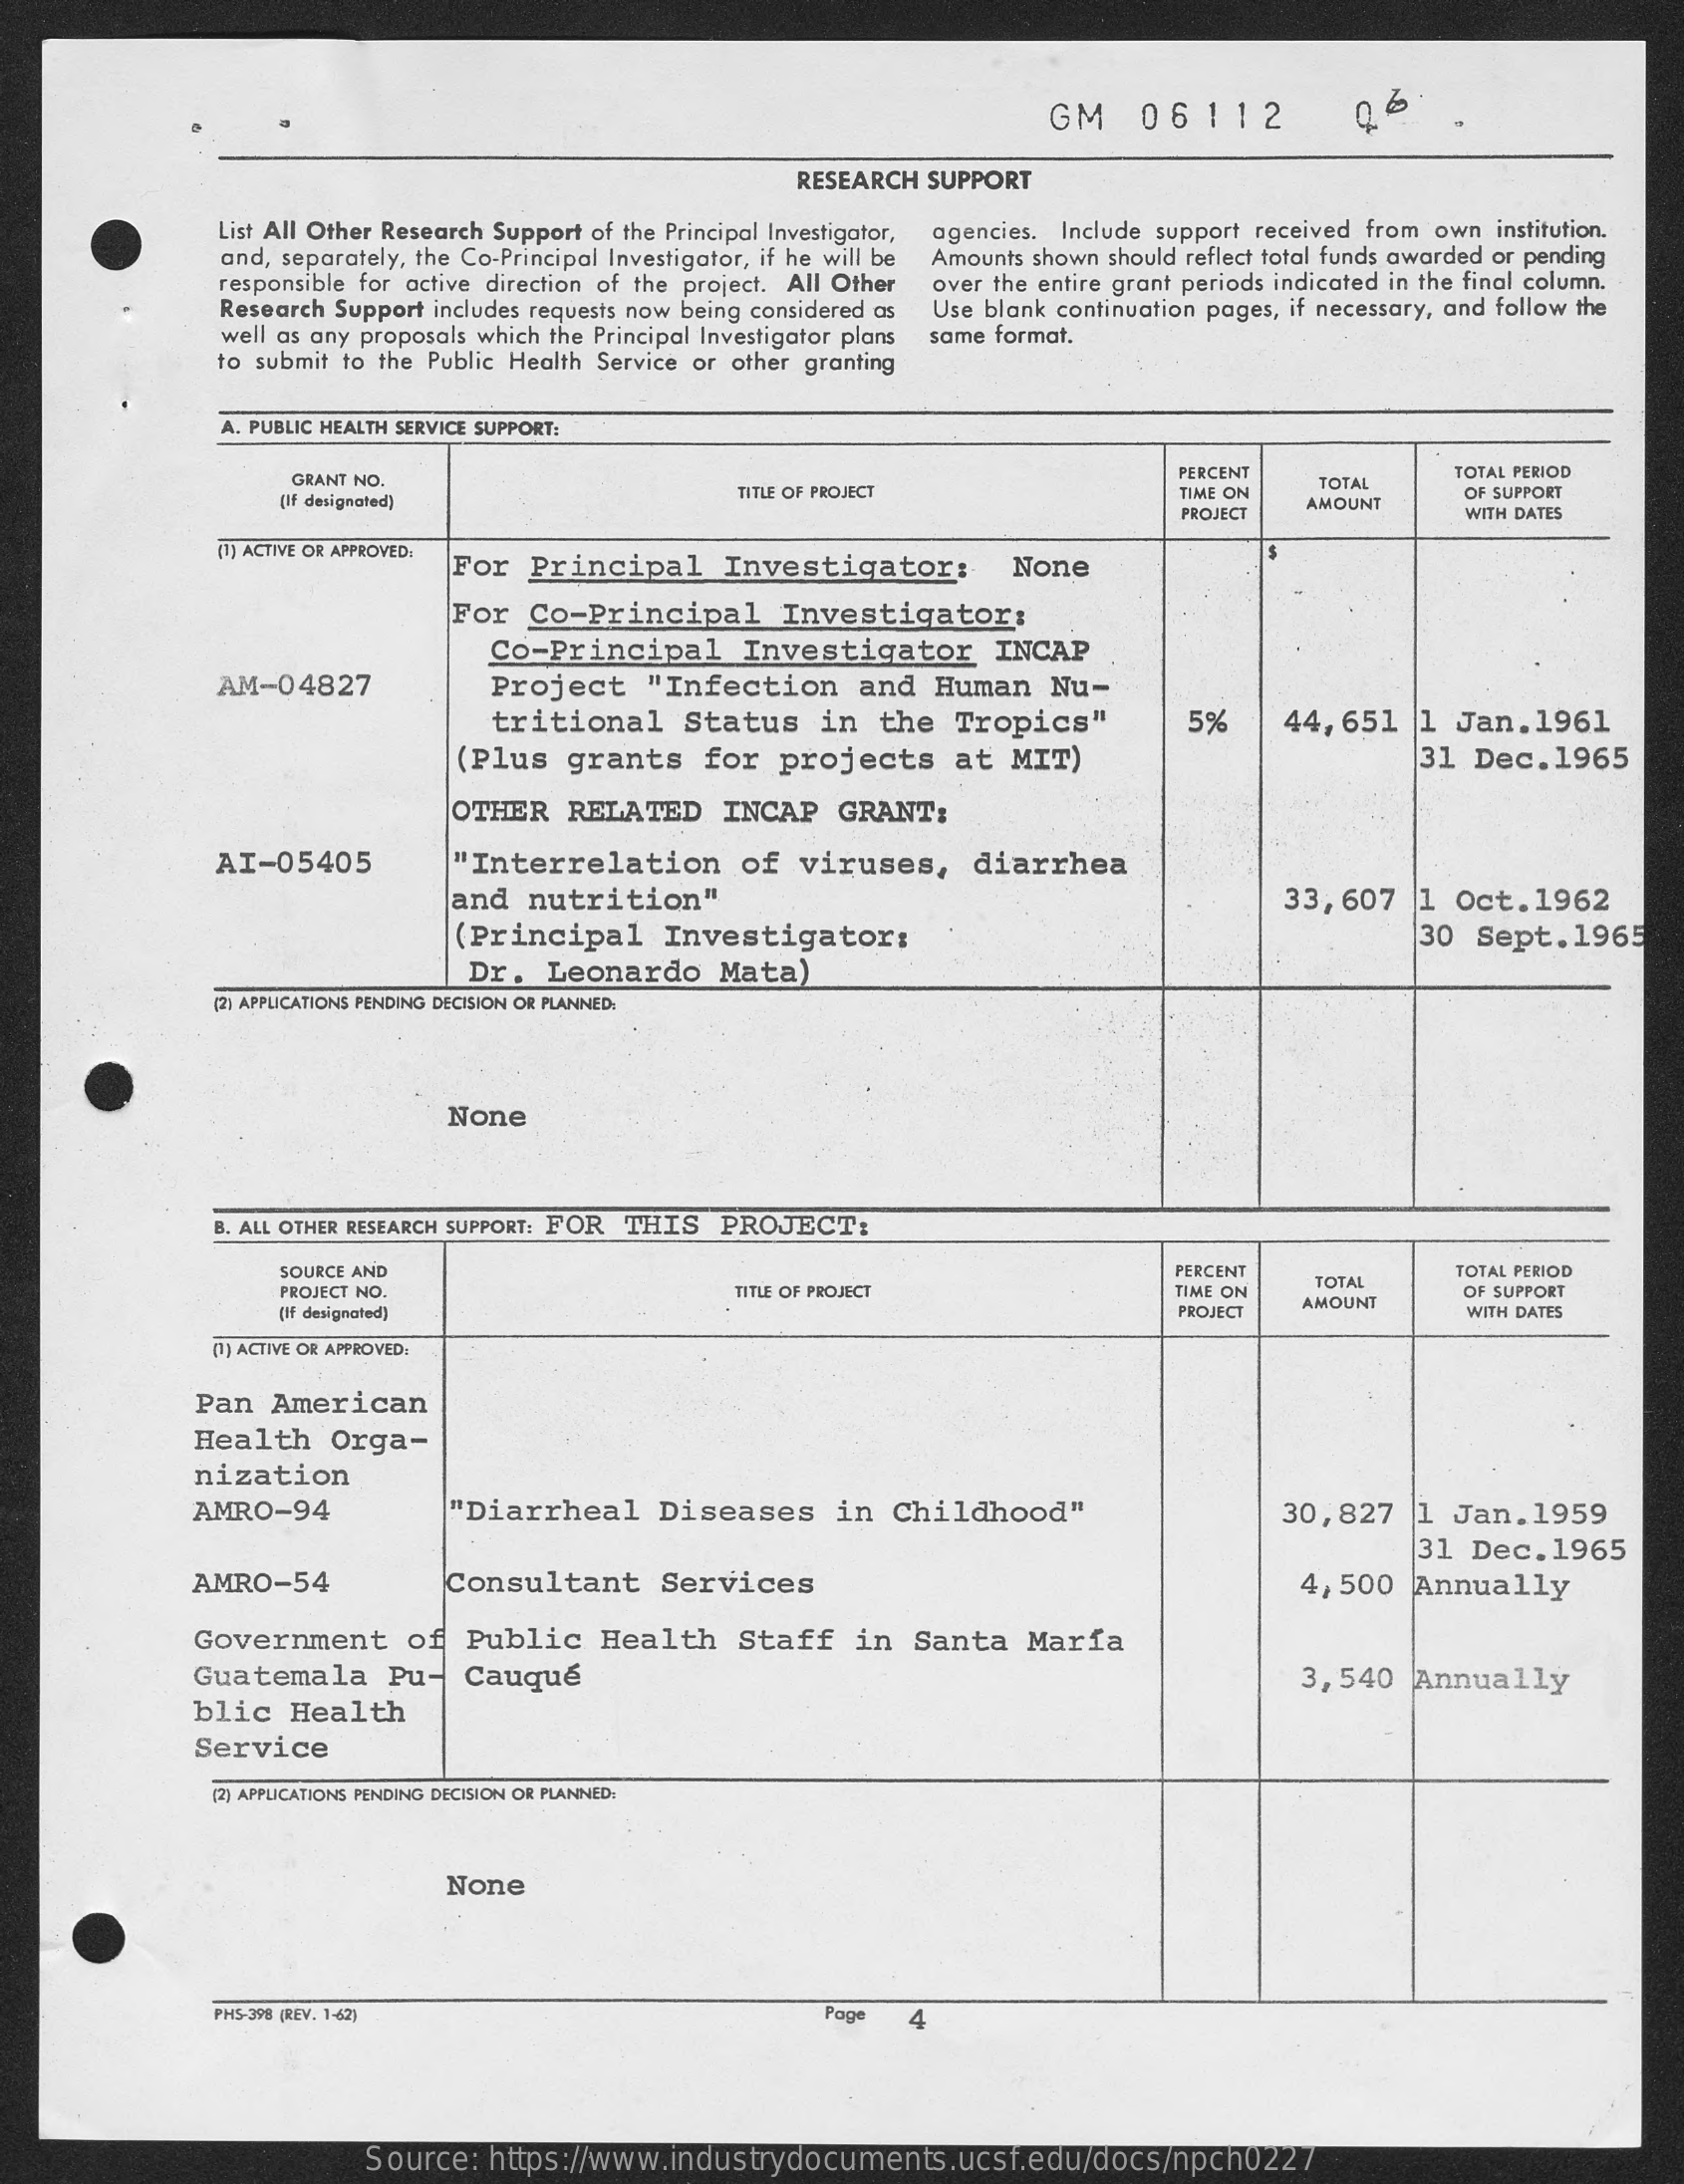
GM    06112
     RESEARCH SUPPORT
     List All Other Research Support of the Principal Investigator,
     and, separately, the Co-Principal Investigator, if he will be
     agencies. Include support received from own institution.
     responsible for active direction of the project. All Other
     Amounts shown should reflect total funds awarded or pending
     Research Support includes requests now being considered as
     over the entire grant periods indicated in the final column.
     well as any proposals which the Principal Investigator plans
     Use blank continuation pages, if necessary, and follow the
     to submit to the Public Health Service or other granting
     same format.
     A. PUBLIC HEALTH SERVICE SUPPORT:
     GRANT NO.
     PERCENT
     TOTAL
     TOTAL PERIOD
     [IF designated]    TITLE OF PROJECT    TIME ON    OF SUPPORT
     PROJECT
     AMOUNT
     WITH DATES
     (1] ACTIVE OR APPROVED:
     For Principal   Investigator:    None
     For  Co-Principal    Investigator:
     Co-Principal   Investigator    INCAP
     AM-04827    Project  "Infection   and  Human  Nu-
     tritional   Status  in  the Tropics"    5%    44,651  1 Jan.1961
     (Plus grants   for projects   at  MIT)    31 Dec.  1965
     OTHER  RELATED   INCAP  GRANT:
     AI-05405    "Interrelation   of  viruses,   diarrhea
     and nutrition"    33,607  1 Oct. 1962
     (Principal   Investigator:    30  Sept. 1965
     Dr.  Leonardo   Mata)
     (2) APPLICATIONS PENDING DECISION OR PLANNED:
     None
     B. ALL OTHER RESEARCH SUPPORT: FOR THIS PROJECT:
     SOURCE AND    PERCENT
     TOTAL
     TOTAL PERIOD
     PROJECT NO.    TITLE OF PROJECT    TIME ON    OF SUPPORT
     (If designated)    PROJECT
     AMOUNT
     WITH DATES
     (1) ACTIVE OR APPROVED:
     Pan  American
     Health   Orga-
     nization
     AMRO-94    "Diarrheal   Diseases   in Childhood"    30,827  1 Jan.1959
     31 Dec.  1965
     AMRO-54    Consultant   Services    4,500  Annually
     Government   of  Public  Health   Staff  in  Santa  María
     Guatemala   Pu-  Cauqué    3,540  Annually
     blic  Health
     Service
     (2) APPLICATIONS PENDING DECISION OR PLANNED:
     None
     PH5-398 (REV. 1-62)    Page 4
     Source: https://www.industrydocuments.ucsf.edu/docs/npch0227